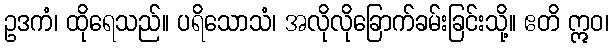
ဥဒကံ၊ ထိုရေသည်။ ပရိသောသံ၊ အလိုလိုခြောက်ခမ်းခြင်းသို့။ ဧတိ ဣဝ၊